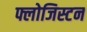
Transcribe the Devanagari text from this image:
फ्लोजिस्टन